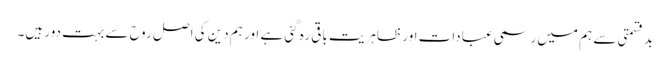
بد قسمتی سے ہم میں رسمی عبادات اور ظاہریت باقی رہ گئی ہے اور ہم دین کی اصل روح سے بہت دور ہیں۔